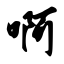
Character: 啊